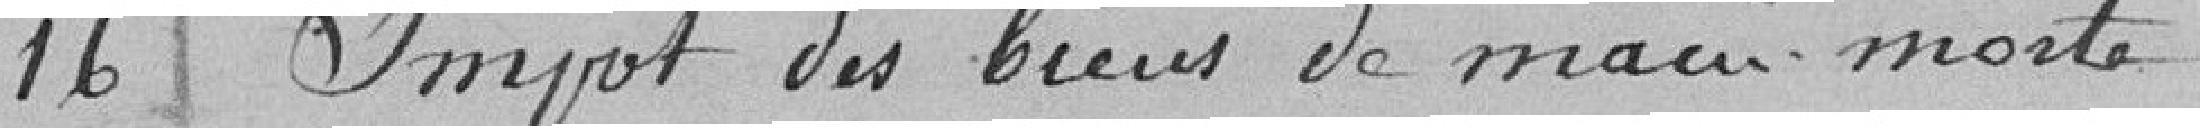
Impôt des biens de mainmorte